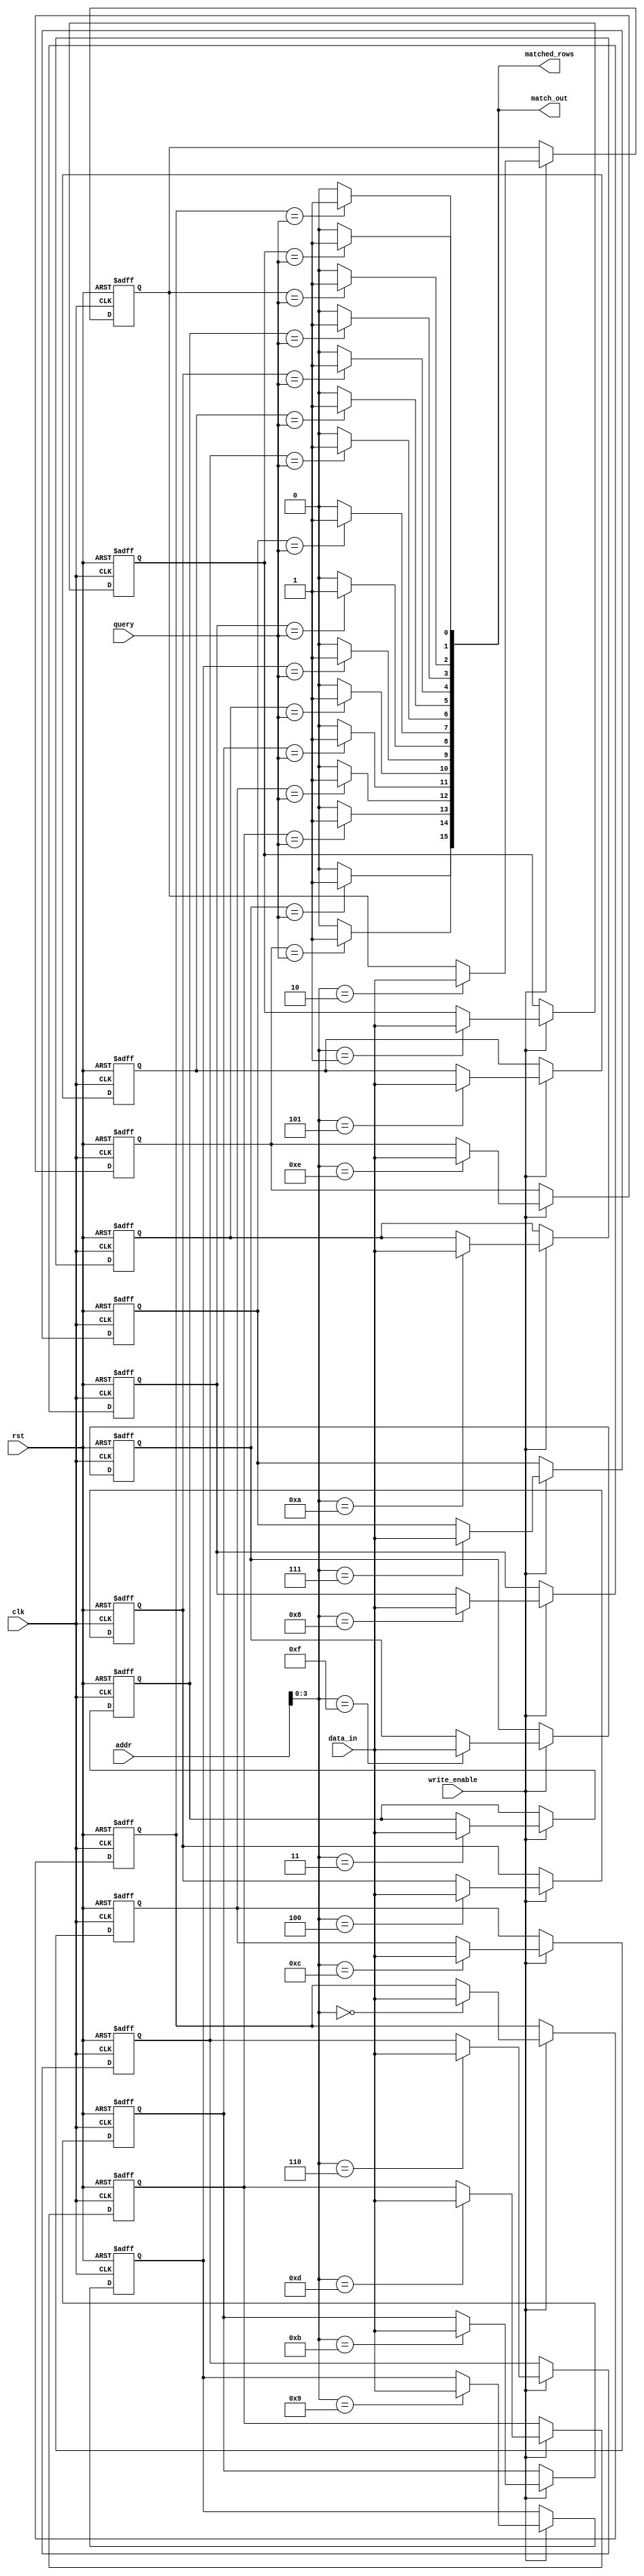
module BCAM #(
    parameter DATA_WIDTH = 8, // Width of each entry
    parameter NUM_ENTRIES = 16 // Number of entries in the BCAM
)(
    input wire clk,
    input wire rst,
    input wire [DATA_WIDTH-1:0] query, // Input query
    input wire write_enable, // Signal to enable writing to BCAM
    input wire [DATA_WIDTH-1:0] data_in, // Data to write
    input wire [NUM_ENTRIES-1:0] addr, // Address for write operation
    output reg [NUM_ENTRIES-1:0] match_out, // Output match result
    output reg [NUM_ENTRIES-1:0] matched_rows // Rows that matched
);

// Memory array to store binary values
reg [DATA_WIDTH-1:0] memory [0:NUM_ENTRIES-1];

// Internal signals
integer i;

// Match detection logic
always @(*) begin
    match_out = 0; // Reset match output
    matched_rows = 0; // Reset matched rows
    for (i = 0; i < NUM_ENTRIES; i = i + 1) begin
        if (memory[i] == query) begin
            match_out[i] = 1'b1; // Set match output for the matched row
            matched_rows[i] = 1'b1; // Mark the matched row
        end
    end
end

// Write operation
always @(posedge clk or posedge rst) begin
    if (rst) begin
        // Reset logic
        for (i = 0; i < NUM_ENTRIES; i = i + 1) begin
            memory[i] <= {DATA_WIDTH{1'b0}}; // Clear memory on reset
        end
    end else if (write_enable) begin
        // Write data to specified address
        memory[addr] <= data_in;
    end
end

endmodule